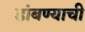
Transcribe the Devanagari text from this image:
डांबण्याची